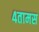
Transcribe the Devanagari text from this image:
४तामस